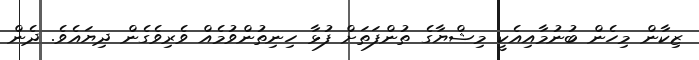
ޒިކާން މިހެން ބުނުމާއިއެކީ މިޝްޔާގެ ތުންފަތަށް ފުޅާ ހިނިތުންވުމެއް ވެރިވެގެން ދިޔައެވެ. ދެން